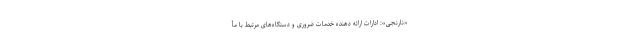
«نارنجی»: ادارات ارائه دهنده خدمات ضروری و دستگاه‌های مرتبط با مأ